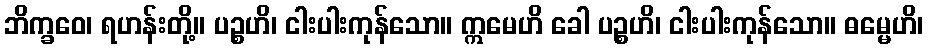
ဘိက္ခဝေ၊ ရဟန်းတို့။ ပဉ္စဟိ၊ ငါးပါးကုန်သော။ ဣမေဟိ ခေါ ပဉ္စဟိ၊ ငါးပါးကုန်သော။ ဓမ္မေဟိ၊